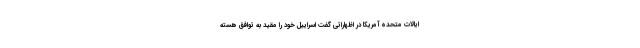
ایالات متحده آمریکا در اظهاراتی گفت اسراییل خود را مقید به توافق هسته